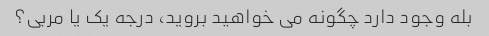
بله وجود دارد چگونه می خواهید بروید، درجه یک یا مربی؟